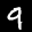
Label: 9